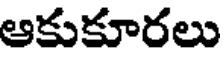
ఆకుకూరలు